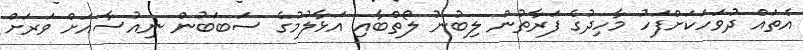
އެތައް ދުވަހަކަށްފަހު މާހިދުގެ ފަރާތުން ލިބުނު ލޯތްބާއި އަޅާލުމުގެ ސަބަބުން ނިއުސާއަށް ވަރަށް